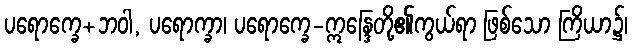
ပရောက္ခေ+ဘဝါ, ပရောက္ခာ၊ ပရောက္ခေ-ဣန္ဒြေတို့၏ကွယ်ရာ ဖြစ်သော ကြိယာ၌၊